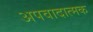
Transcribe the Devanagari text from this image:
अपवादात्मक